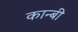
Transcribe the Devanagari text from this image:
कान्बी